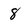
Character: 8